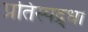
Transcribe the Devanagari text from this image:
प्रतिस्पद्र्धा